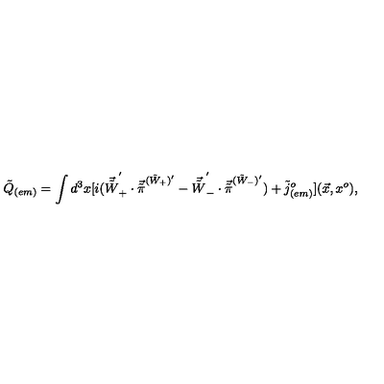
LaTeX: { \tilde { Q } } _ { ( e m ) } = \int d ^ { 3 } x [ i ( { \vec { \tilde { W } } } _ { + } ^ { ' } \cdot { \vec { \tilde { \pi } } } ^ { ( { \tilde { W } } _ { + } ) { ' } } - { \vec { \tilde { W } } } _ { - } ^ { ' } \cdot { \vec { \tilde { \pi } } } ^ { ( { \tilde { W } } _ { - } ) { ' } } ) + { \tilde { j } } _ { ( e m ) } ^ { o } ] ( \vec { x } , x ^ { o } ) ,